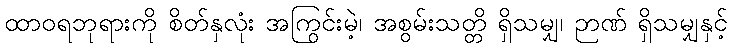
ထာဝရဘုရားကို စိတ်နှလုံး အကြွင်းမဲ့၊ အစွမ်းသတ္တိ ရှိသမျှ၊ ဉာဏ် ရှိသမျှနှင့်